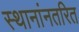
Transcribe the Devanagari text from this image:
स्थानांनतरित